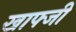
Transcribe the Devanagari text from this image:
खाफ्जी